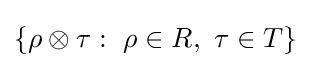
\{\rho \otimes \tau :\ \rho \in R,\ \tau \in T\}